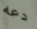
دعه